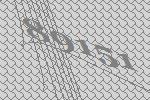
89151